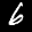
Label: 6